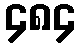
၄၈၄